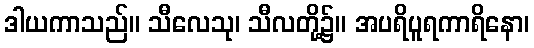
ဒါယကာသည်။ သီလေသု၊ သီလတို့၌။ အပရိပူရကာရိနော၊